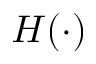
H ( \cdot )